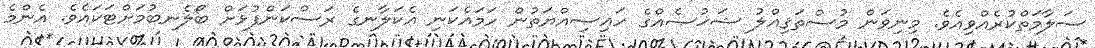
ސަލާމަތްކުރެއްވިއެވެ. މިނިވަން މުސްތަޤިއްލު ޝަޚުޞެއްގެ ހައިސިއްޔަތުން ހަމައެކަނި އެކަލާނގެ ރަސްކަންފުޅަށް ބޯލެނބުމަށްޓަކައެވެ. އެންމެ